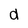
Character: a